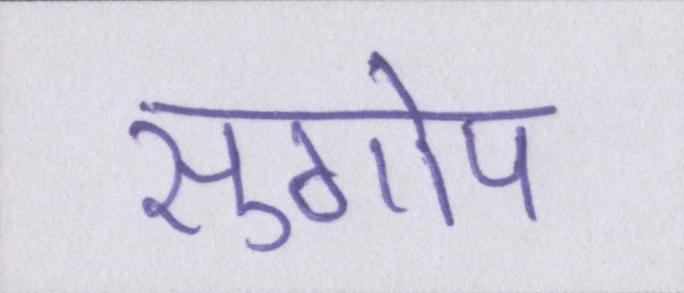
सुगोप